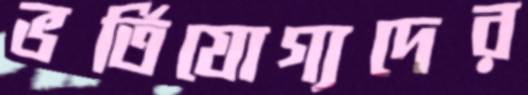
ভর্তিযোগ্যদের